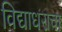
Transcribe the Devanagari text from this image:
विद्याधराचा